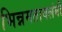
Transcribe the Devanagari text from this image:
भिन्नमतावलंबी